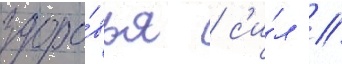
здоро́вья / с'и́л /